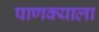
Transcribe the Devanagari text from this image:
पाणक्याला